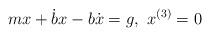
LaTeX: \begin{align*}m x + \dot{b} x - b \dot{x} = g,\ x^{(3)} =0\end{align*}